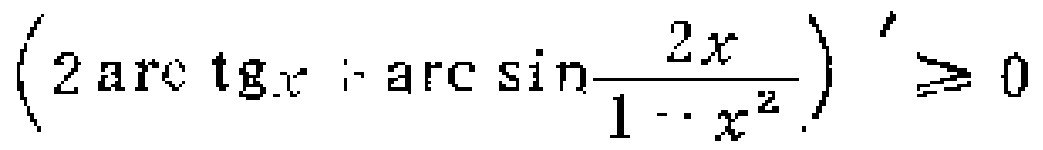
$\left(2\arctan x + \arcsin\frac{2x}{1 + x^{2}}\right)'\geq 0$